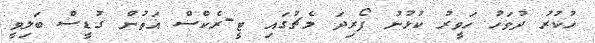
ހުކުރު ދުވަހު ހަވީރު ކުޅުނު ފޯރިދަ މެޗުގައި ޓީ-ރެކްސް އަތުން ގުޑީސް ބަލިވީ